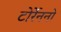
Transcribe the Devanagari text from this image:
टोर्रेननो